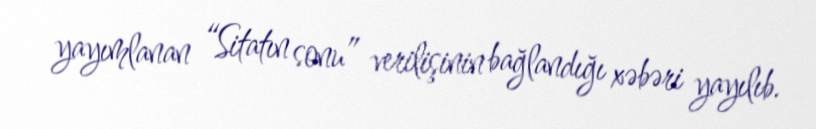
yayımlanan “Sitatın sonu” verilişinin bağlandığı xəbəri yayılıb.